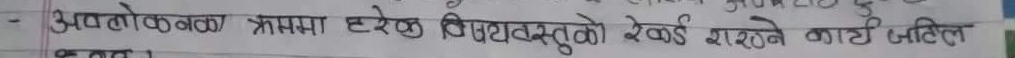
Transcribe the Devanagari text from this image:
- अवलोकनका क्रममा हरेक विषयवस्तुको रेकर्ड राख्ने कार्य अतिल हुन्छ ।